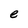
Character: e